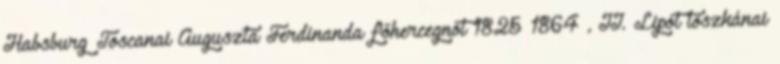
Habsburg–Toscanai Auguszta Ferdinanda főhercegnőt 1825–1864 , II. Lipót toszkánai